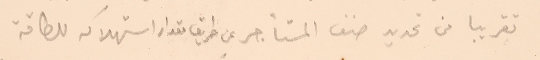
تقريبا من تقديد صنف المستأجر عن طريق مقدار استهلاكه للطاقة